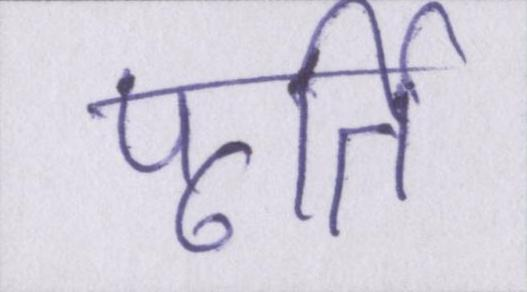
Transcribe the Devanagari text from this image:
पूर्ति